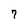
Character: 7